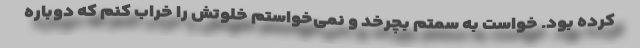
کرده بود. خواست به سمتم بچرخد و نمی‌خواستم خلوتش را خراب کنم که دوباره